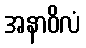
အနာဝိလံ